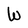
Character: W